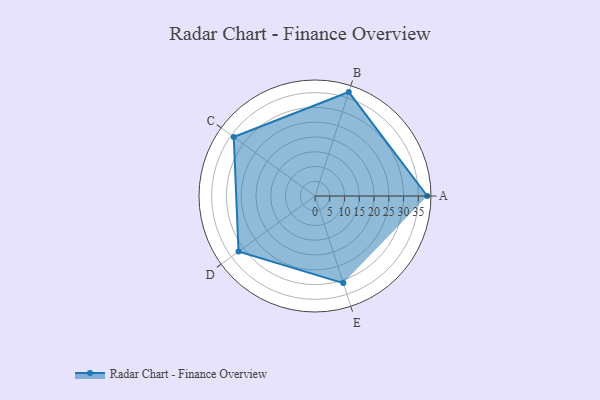
{"axis": {"x": "Skill", "y": "Score"}, "legend": ["Profile"], "data": [{"x": "A", "y": 38.0, "type": "Profile"}, {"x": "B", "y": 37.0, "type": "Profile"}, {"x": "C", "y": 34.0, "type": "Profile"}, {"x": "D", "y": 32.0, "type": "Profile"}, {"x": "E", "y": 31.0, "type": "Profile"}]}